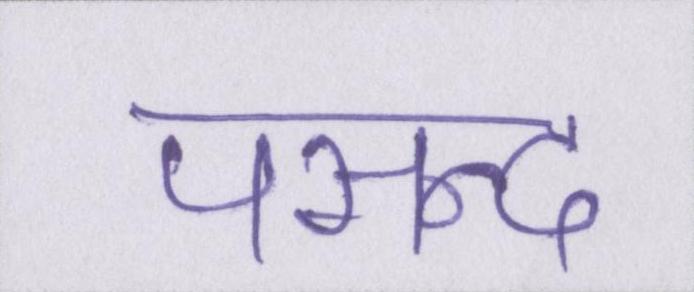
पसन्द